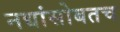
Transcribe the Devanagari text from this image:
नद्यांसोबतच